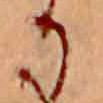
か